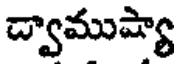
చ్వాముష్యా